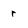
Character: r